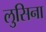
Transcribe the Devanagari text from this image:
लुसिना